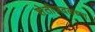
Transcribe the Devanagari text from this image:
शेतीजवळच्या